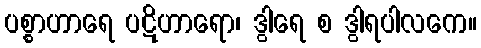
ပစ္စာဟာရေ ပဋိဟာရော၊ ဒွါရေ စ ဒွါရပါလကေ။